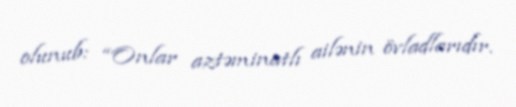
olunub: “Onlar aztəminatlı ailənin övladlarıdır.